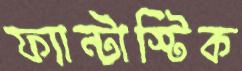
ফ্যান্টাস্টিক